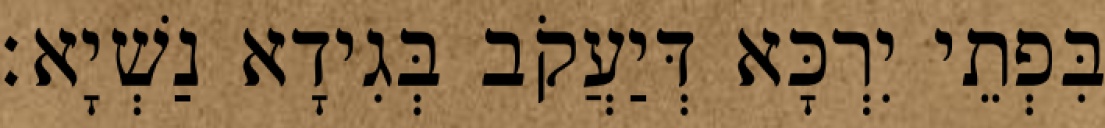
בִּפְתֵי יִרְכָּא דְּיַעֲקֹב בְּגִידָא נַשְׁיָא׃